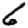
Digit: 6